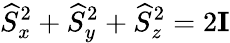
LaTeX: \widehat{S}_{x}^{2}+\widehat{S}_{y}^{2}+\widehat{S}_{z}^{2}=2\mathbf{I}